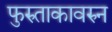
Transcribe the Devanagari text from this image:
फुरुताकावरुन